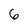
Character: 6